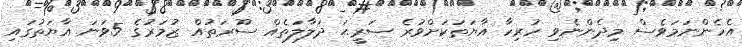
އެހެންނަމަވެސް މިދެންނެވި ހުރިހާ އާޔަތަކަށްވުރެ ޞަރީޙަ ދަލާލަތެއް ސޫރަތުއް ޒުމަރުގެ 5ވަނަ އާޔަތުގައި